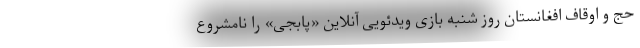
حج و اوقاف افغانستان روز شنبه بازی ویدئویی آنلاین «پابجی» را نامشروع